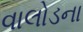
વાલોડના